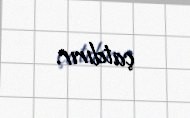
çatdırır.